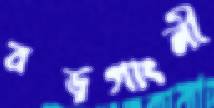
বড়গাংনী